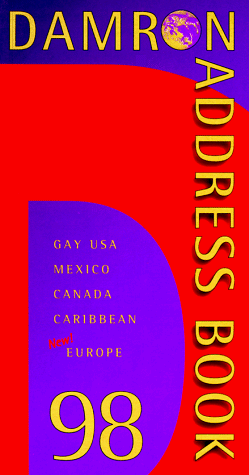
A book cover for DAMRON ADDRESS 1998- P (Damron Men's Travel Guide); Damron; Gay & Lesbian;